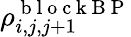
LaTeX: \rho_{i,j,j+1}^{\mathrm{~b~l~o~c~k~B~P~}}